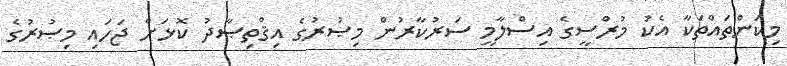
މިކަންތައްތަކާ އެކު މުރްސީގެ އިސްލާމީ ސަރުކާރުން މިޞުރުގެ އިޤްތިޞާދު ކޮޅަށް ޖަހައި މިޞުރުގެ